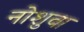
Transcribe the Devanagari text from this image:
नोशुवा